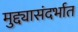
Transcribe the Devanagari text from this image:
मुद्द्यासंदर्भात